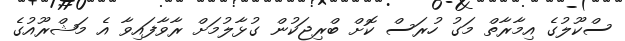
ސްކޫލުގެ އިމާރާތް މަގު ހުރަސް ކޮށް ބްރިޖަކުން ގުޅާލުމަށް ރާވާފައިވާ އެ މަޝްރޫއުގެ